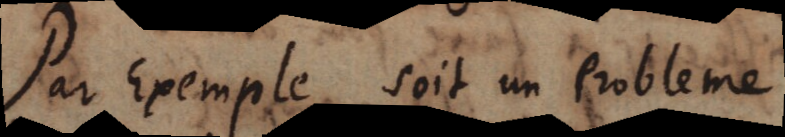
Par exemple soit un probleme